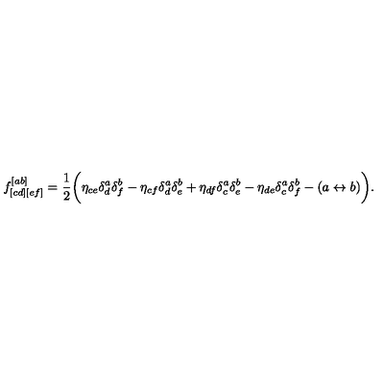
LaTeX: f _ { [ c d ] [ e f ] } ^ { [ a b ] } = { \frac { 1 } { 2 } } \bigg ( \eta _ { c e } \delta _ { d } ^ { a } \delta _ { f } ^ { b } - \eta _ { c f } \delta _ { d } ^ { a } \delta _ { e } ^ { b } + \eta _ { d f } \delta _ { c } ^ { a } \delta _ { e } ^ { b } - \eta _ { d e } \delta _ { c } ^ { a } \delta _ { f } ^ { b } - ( a \leftrightarrow b ) \bigg ) .